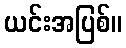
ယင်းအပြစ်။